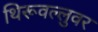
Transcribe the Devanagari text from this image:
थिरूवल्लुवर